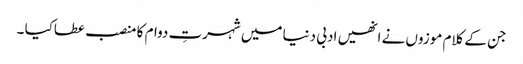
جن کے کلام موزوں نے انھیں ادبی دنیا میں شہرتِ دوام کا منصب عطاکیا ۔